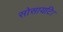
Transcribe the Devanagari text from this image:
सोसायटि।